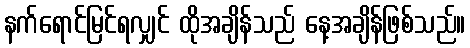
နက်ရောင်မြင်ရလျှင် ထိုအချိန်သည် နေ့အချိန်ဖြစ်သည်။